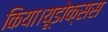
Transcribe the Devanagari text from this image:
किया।यूडोक्‍सस